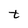
Character: t